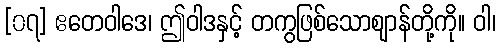
[၀၇] ဧတေဝါဒေ၊ ဤဝါဒနှင့် တကွဖြစ်သောဈာန်တို့ကို။ ဝါ၊